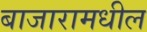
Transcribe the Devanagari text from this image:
बाजारामधील